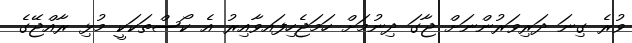
ވުރެ ގިނަ ދަރިވަރުންނަށް ޖާގަ ދިނުމަށް ހަމަޖެހިފައވާއިރު އެ ކޯސްތަކަކީ މުޅި ރާއްޖޭގެ